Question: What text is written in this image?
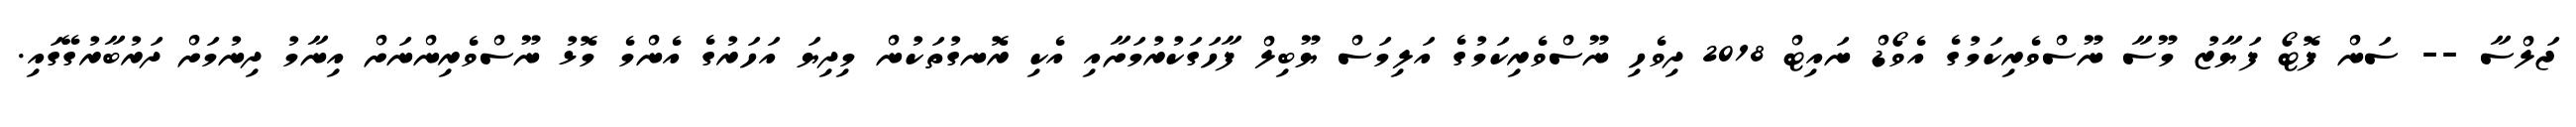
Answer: ޖަލްސާ -- ސަން ފޮޓޯ ފަޔާޒު މޫސާ ނޫސްވެރިކަމުގެ އެވޯޑް ނައިޓް 2018 ދިވެހި ނޫސްވެރިކަމުގެ އަލިމަސް ޔޫބިލް ފާހަގަކުރުމަށާއި އެކި ރޮނގުތަކުން މިދިޔަ އަހަރުގެ އެންމެ މޮޅު ނޫސްވެރިންނަށް އިނާމު ދިނުމަށް ދަރުބާރުގޭގައި.